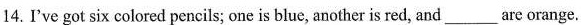
14.I've got six colored pencils; one is blue, another is red, and___are orange.